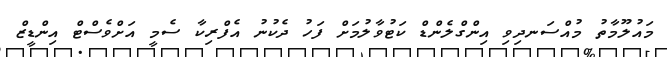
މައުލޫމާތު މުއްސަނދިވި އިންގްލެންޑް ކަޓުވާލުމަށް ފަހު ދެކުނު އެފްރިކާ ސެމީ އަށްވެސްޓް އިންޑީޒް